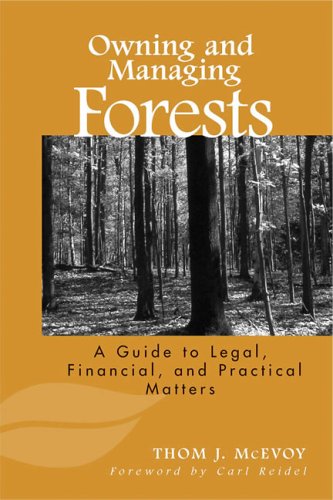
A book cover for Owning and Managing Forests: A Guide to Legal, Financial, and Practical Matters; Thomas J. McEvoy; Science & Math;